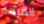
المرهم